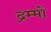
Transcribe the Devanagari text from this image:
द्रम्मों